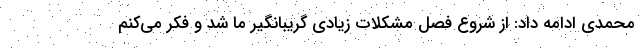
محمدی ادامه داد: از شروع فصل مشکلات زیادی گریبانگیر ما شد و فکر می‌کنم